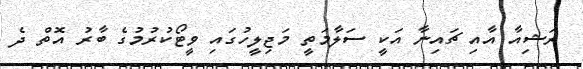
ރަޝިއާ އާއި ޗައިނާ އަކީ ސަލާމަތީ މަޖިލީހުގައި ވީޓޯކުރުމުގެ ބާރު އޮތް ދެ